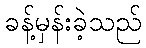
ခန့်မှန်းခဲ့သည်